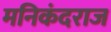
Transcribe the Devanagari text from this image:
मनिकंदराज